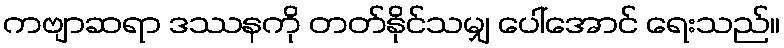
ကဗျာဆရာ ဒဿနကို တတ်နိုင်သမျှ ပေါ်အောင် ရေးသည်။